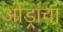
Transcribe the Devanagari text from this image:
ओड्रांचा